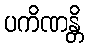
ပကိဏန္တိ